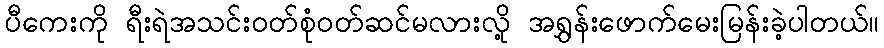
ပီကေးကို ရီးရဲအသင်းဝတ်စုံဝတ်ဆင်မလားလို့ အရွှန်းဖောက်မေးမြန်းခဲ့ပါတယ်။